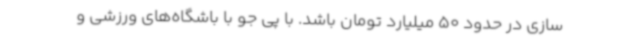
سازی در حدود 50 میلیارد تومان باشد. با پی جو با باشگاه‌های ورزشی و